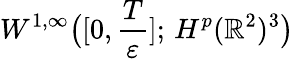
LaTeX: W^{1,\infty}\big([0,\frac{T}{\varepsilon}];\, H^{p}(\mathbb{R}^{2})^{3}\big)